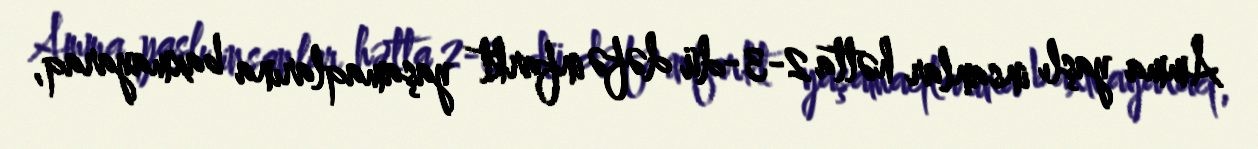
Amma yaşlı insanlar hətta 2-3-dü dəfə infarkt yaşamaqlarına baxmayaraq,